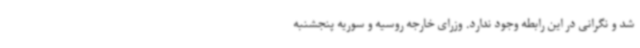
شد و نگرانی در این رابطه وجود ندارد. وزرای خارجه روسیه و سوریه پنجشنبه